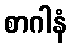
စာဂါနံ